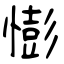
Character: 憉